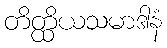
တိတ္ထိယသမာဒါနံ